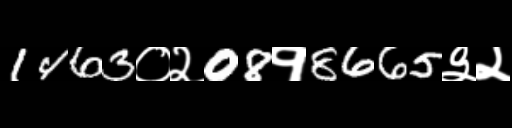
Text: 1463०२08१8665३२